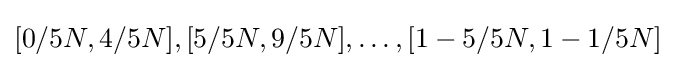
{\textstyle [0/5N,4/5N],[5/5N,9/5N],\dots ,[1-5/5N,1-1/5N]}